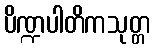
ပိဏ္ဍပါတိကသုတ္တ